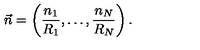
\vec { n } = \left( \frac { n _ { 1 } } { R _ { 1 } } , \ldots , \frac { n _ { N } } { R _ { N } } \right) .